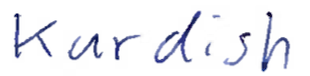
Text: Kurdish
Cross-out: clean
Writing tool: ballpoint